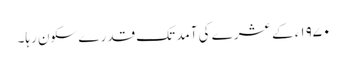
۱۹۷۰ء کے عشرے کی آمد تک قدرے سکون رہا۔